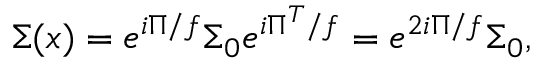
\Sigma ( x ) = e ^ { i \Pi / f } \Sigma _ { 0 } e ^ { i \Pi ^ { T } / f } = e ^ { 2 i \Pi / f } \Sigma _ { 0 } ,